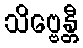
သိဗ္ဗေန္တီ